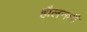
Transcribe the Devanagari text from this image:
हौलनशी